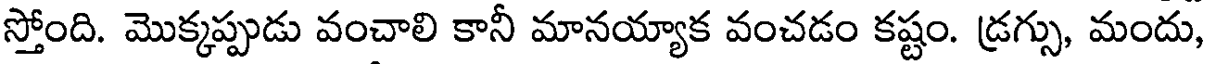
స్తోంది. మొక్కప్పుడు వంచాలి కానీ మానయ్యాక వంచడం కష్టం. డ్రగ్సు, మందు,